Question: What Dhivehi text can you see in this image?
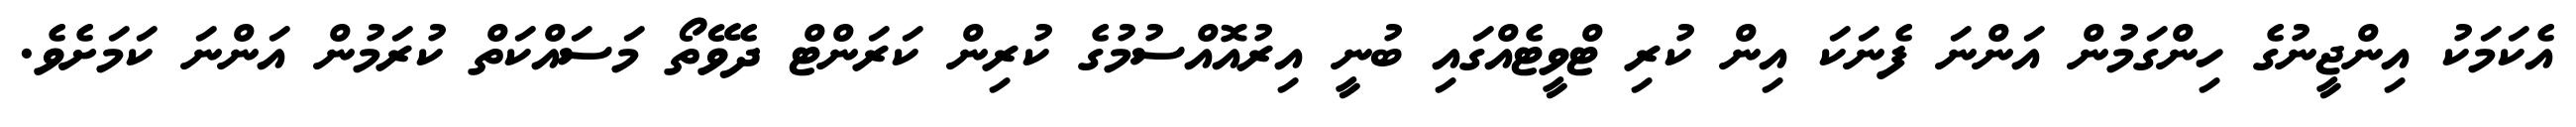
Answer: އެކަމަކު އިންޖީނުގެ ހިންގަމުން އަންނަ ފެނަކަ އިން ކުރި ޓްވީޓެއްގައި ބުނީ އިރުއޮއްސުމުގެ ކުރިން ކަރަންޓް ދެވޭތޯ މަސައްކަތް ކުރަމުން އަންނަ ކަމަށެވެ.